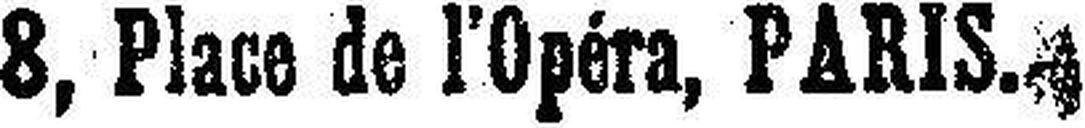
8, Place de l’Opéra, PARIS.